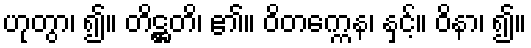
ဟုတွာ၊ ၍။ တိဋ္ဌတိ၊ ၏။ ဝိတက္ကေန၊ နှင့်။ ဝိနာ၊ ၍။